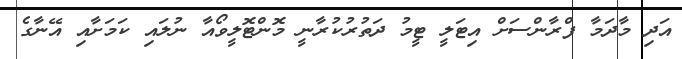
އަދި މާދަމާ ފްރާންސަށް އިޓަލީ ޓީމު ދަތުރުކުރާނީ މޮންޓޮލީވޯއާ ނުލައި ކަމަށާއި އޭނާގެ